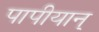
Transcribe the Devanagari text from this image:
पापीयान्‌